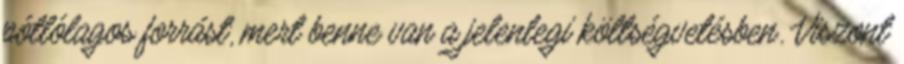
pótlólagos forrást, mert benne van a jelenlegi költségvetésben. Viszont